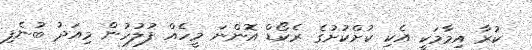
ކުރާ އިމާމަކީ އެކި ކުށްކުށުގެ ރެކޯޑް އޮންނަ މީހެއް ފުލުހުން މިއަދު ބުނެފި